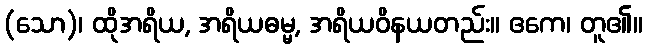
(သော)၊ ထိုအရိယ, အရိယဓမ္မ, အရိယဝိနယတည်း။ ဧကေ၊ တူ၏။